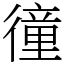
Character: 徸